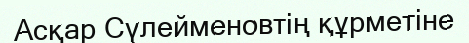
Асқар Сүлейменовтің құрметіне